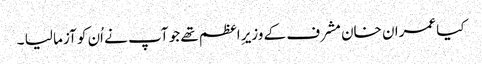
کیا عمران خان مشرف کے وزیرِ اعظم تھے جو آپ نے اُن کو آزما لیا ۔